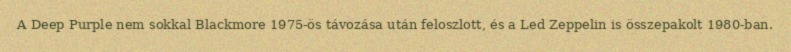
A Deep Purple nem sokkal Blackmore 1975-ös távozása után feloszlott, és a Led Zeppelin is összepakolt 1980-ban.